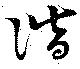
諧